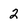
Character: 2